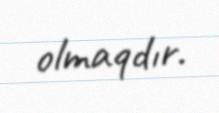
olmaqdır.